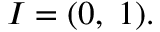
I = ( 0 , \; 1 ) .